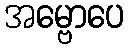
အမ္ဗောပေ